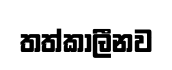
තත්කාලීනව